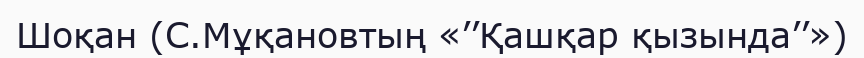
Шоқан (С.Мұқановтың «’’Қашқар қызында’’»)